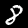
Label: 8